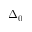
\Delta _ { 0 }